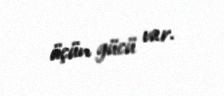
üçün gücü var.